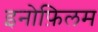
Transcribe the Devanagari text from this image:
इनोफ़िलम